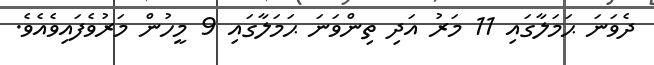
ދެވަނަ ޙަމަލާގައި 11 މަރު އަދި ތިންވަނަ ޙަމަލާގައި 9 މީހުން މަރުވެފައިވެއެވެ.